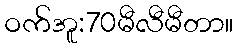
ဝက်အူ:70မီလီမီတာ။